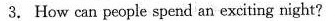
3. How can people spend an exciting night?